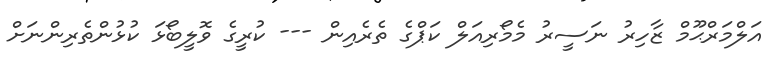
އަލްމަރްޙޫމް ޒާހިރު ނަސީރު މެމޯރިއަލް ކަޕްގެ ތެރެއިން --- ކުރީގެ ވޮލީބޯޅަ ކުޅުންތެރިންނަށް